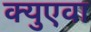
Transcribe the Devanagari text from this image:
क्युएवा